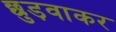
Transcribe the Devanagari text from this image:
छुड़वाकर